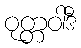
ဝုတ္တဝါဒီ